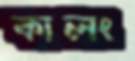
কালং